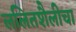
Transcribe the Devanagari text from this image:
ललितशैलीचा